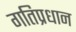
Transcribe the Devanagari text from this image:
गतिप्रधान